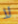
لا